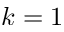
k = 1